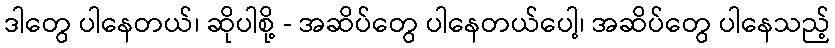
ဒါတွေ ပါနေတယ်၊ ဆိုပါစို့ - အဆိပ်တွေ ပါနေတယ်ပေါ့၊ အဆိပ်တွေ ပါနေသည့်